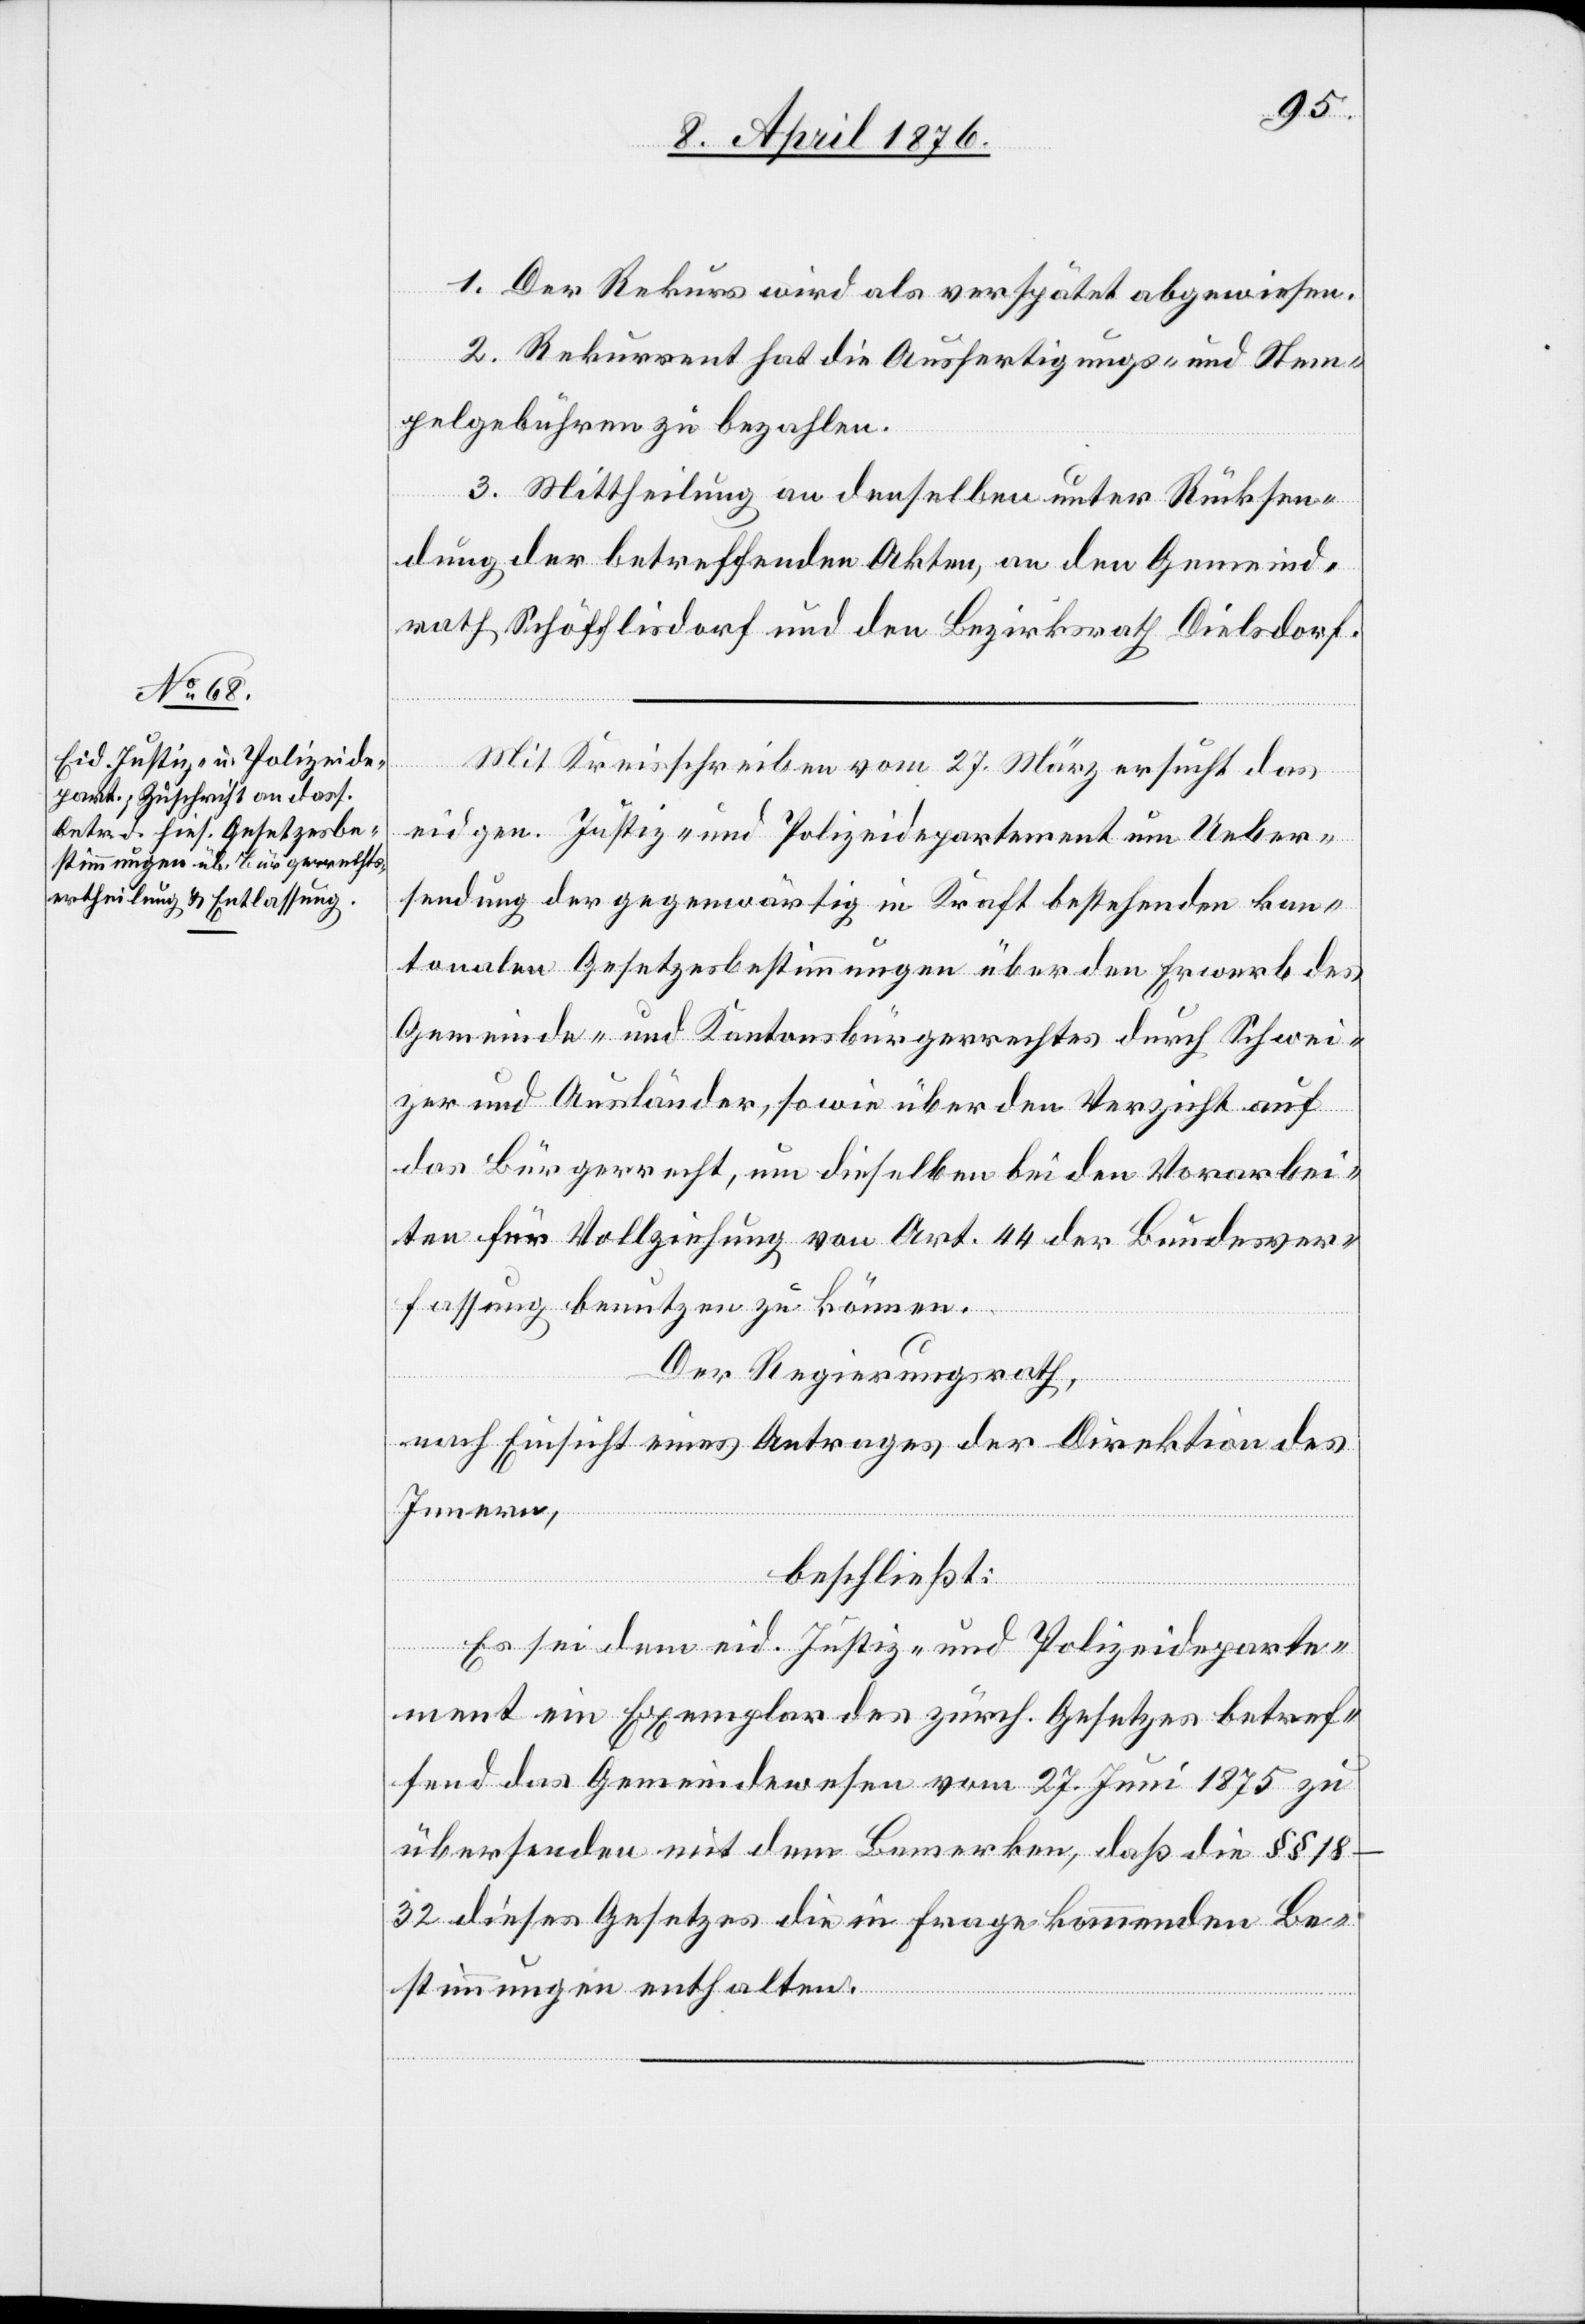
1. Der Rekurs wird als verspätet abgewiesen.
2. Rekurrent hat die Ausfertigungs- und Stem¬
pelgebühren zu bezahlen.
3. Mittheilung an denselben unter Rückstel¬
lung der betreffenden Akten, an den Gemeind¬
rath Schöfflisdorf und den Bezirksrath Dielsdorf.
Mit Kreisschreiben vom 27. März ersucht das
eigen. Justiz- und Polizeidepartement um Ueber¬
sendung der gegenwärtig in Kraft bestehenden kan¬
tonalen Gesetzesbestimmungen über den Erwerb des
Gemeinde- und Kantonsbürgerrechtes durch Schwei¬
zer und Ausländer, sowie über den Verzicht auf
das Bürgerrecht, um dieselbe bei den Vorarbei¬
ten für Vollziehung von Art. 44 der Bundesver¬
fassung benutzen zu können.
Der Regierungsrath,
nach Einsicht eines Antrages der Direktion des
Innern,
beschließt:
Es sei dem eid. Justiz- und Polizeideparte¬
ment ein Exemplar des zürch. Gesetzes betref¬
fend das Gemeindewesen vom 27. Juni 1875 zu
übersenden mit dem Bemerken, daß die §§
18–32 dieses Gesetzes die in Frage kommenden Be¬
stimmungen enthalten.